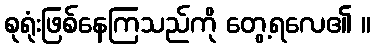
စုရုံးဖြစ်နေကြသည်ကို တွေ့ရလေ၏ ။